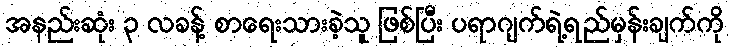
အနည်းဆုံး ၃ လခန့် စာရေးသားခဲ့သူ ဖြစ်ပြီး ပရာဂျက်ရဲ့ရည်မှန်းချက်ကို